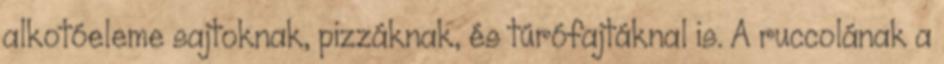
alkotóeleme sajtoknak, pizzáknak, és túrófajtáknal is. A ruccolának a